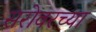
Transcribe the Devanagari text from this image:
सरोवरच्या